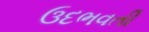
ઉદભવતી